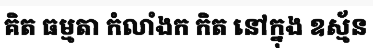
គិត ធម្មតា កំលាំងក កិត នៅក្នុង ឧស្ម័ន